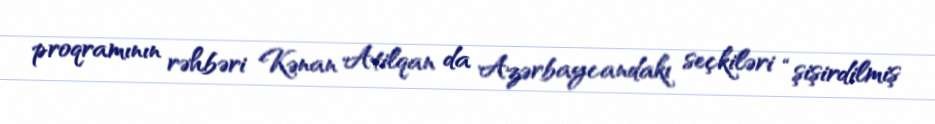
proqramının rəhbəri Kənan Atilqan da Azərbaycandakı seçkiləri “şişirdilmiş